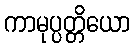
ကာမုပ္ပတ္တိယော